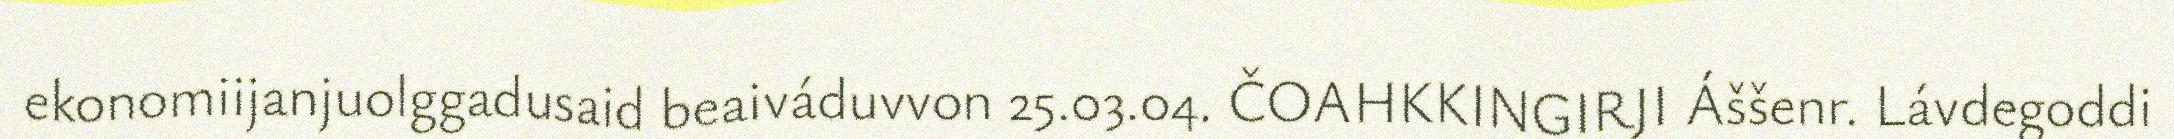
ekonomiijanjuolggadusaid beaiváduvvon 25.03.04. ČOAHKKINGIRJI Áššenr. Lávdegoddi